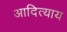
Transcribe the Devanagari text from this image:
आदित्याय